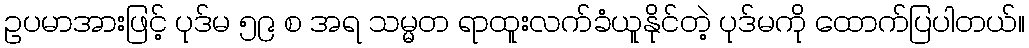
ဥပမာအားဖြင့် ပုဒ်မ ၅၉ စ အရ သမ္မတ ရာထူးလက်ခံယူနိုင်တဲ့ ပုဒ်မကို ထောက်ပြပါတယ်။